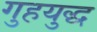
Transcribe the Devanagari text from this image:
गुहयुद्ध